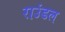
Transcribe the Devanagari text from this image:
राउंडल